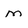
Character: m